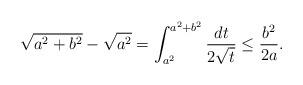
LaTeX: \begin{align*}\sqrt{a^2+b^2} - \sqrt{a^2} = \int_{a^2}^{a^2+b^2} \frac{dt}{2\sqrt{t}} \leq \frac{b^2}{2a}.\end{align*}